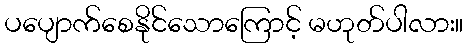
ပပျောက်စေနိုင်သောကြောင့် မဟုတ်ပါလား။